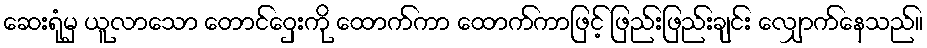
ဆေးရုံမှ ယူလာသော တောင်ဝှေးကို ထောက်ကာ ထောက်ကာဖြင့် ဖြည်းဖြည်းချင်း လျှောက်နေသည်။